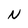
Character: N